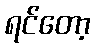
ရင်တော့